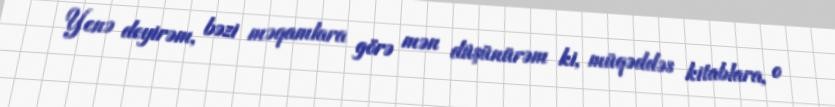
Yenə deyirəm, bəzi məqamlara görə mən düşünürəm ki, müqəddəs kitablara, o